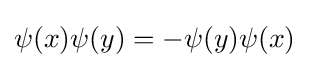
\psi (x)\psi (y)=-\psi (y)\psi (x)